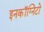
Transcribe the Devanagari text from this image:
इनकॉग्निटो